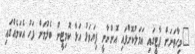
"މިހާތަނަށް ޕާޓީގައި އަމަލުކޮށްފައި އޮންނާނީ ފިޔަވަޅު އަޅާ ކޮމިޓީން ބެލުމަށް ފަހު އެކަމެއްގައި